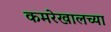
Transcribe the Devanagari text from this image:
कमरेखालच्या